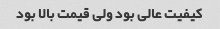
کیفیت عالی بود ولی قیمت بالا بود